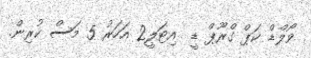
ވޯލްޑް ކަޕް ގްރޫޕް ޑީ  އިޓަލީ2 އަހަރު 5 މަސް ކުރިން.